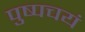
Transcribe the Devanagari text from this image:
पुष्पचयं